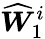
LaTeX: \widehat{\boldsymbol{W}}_{1}^{i}